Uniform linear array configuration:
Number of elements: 16
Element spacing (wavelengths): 0.75
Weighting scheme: exponential
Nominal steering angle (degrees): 45
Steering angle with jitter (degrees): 44.914
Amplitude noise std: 0.05
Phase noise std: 0.05

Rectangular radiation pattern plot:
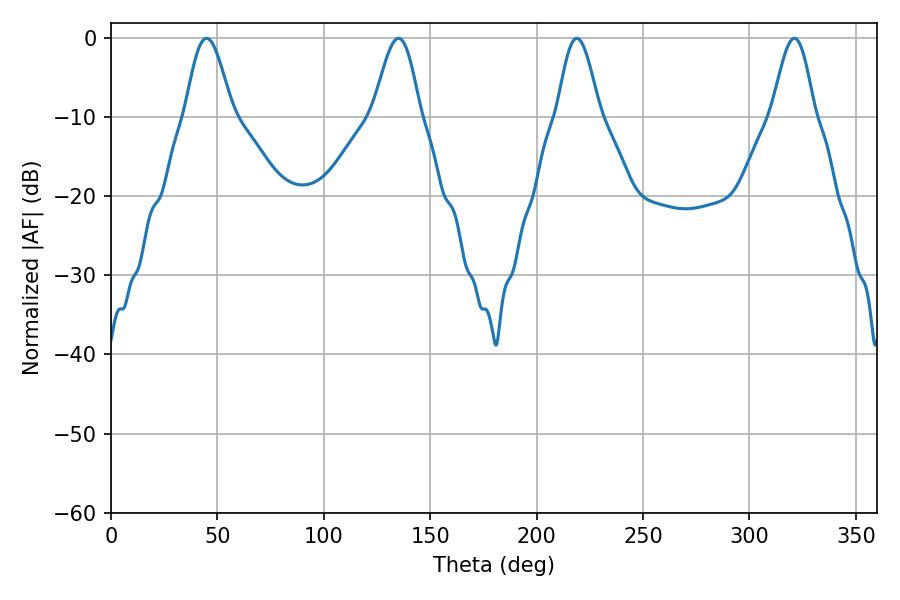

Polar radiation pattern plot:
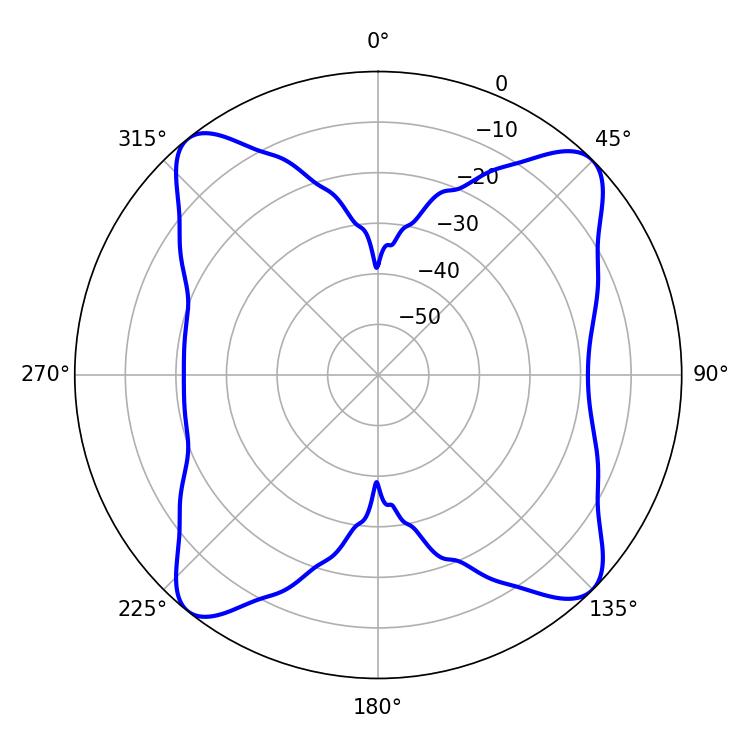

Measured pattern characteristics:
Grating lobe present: TRUE
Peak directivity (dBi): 14.13
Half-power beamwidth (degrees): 10.8
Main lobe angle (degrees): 218.88